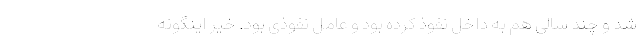
شد و چند سالی هم به داخل نفوذ کرده بود و عامل نفوذی بود. خیر اینگونه